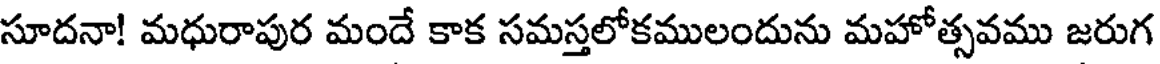
సూదనా! మధురాపుర మందే కాక సమస్తలోకములందును మహోత్సవము జరుగ